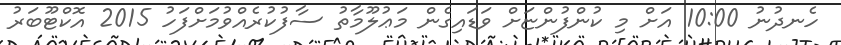
ހެނދުނު 10:00 އަށް މި ކުންފުންޏަށް ވަޑައިގެން މަޢުލޫމާތު ސާފުކުރެއްވުމަށްފަހު 2015 އޮކްޓޫބަރު